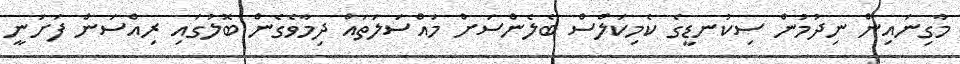
މާގިނައިން ނިދުމުން ސިކުނޑީގެ ކެމިކަލްސް ބެލެންސަށް މައްސަލަތައް ދިމާވެގެން ބޮލުގައި ރިއްސަން ފަށަނީ